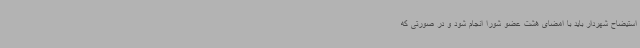
استیضاح شهردار باید با امضای هشت عضو شورا انجام شود و در صورتی که